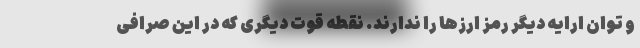
و توان ارایه دیگر رمز ارزها را ندارند. نقطه قوت دیگری که در این صرافی